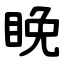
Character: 睌